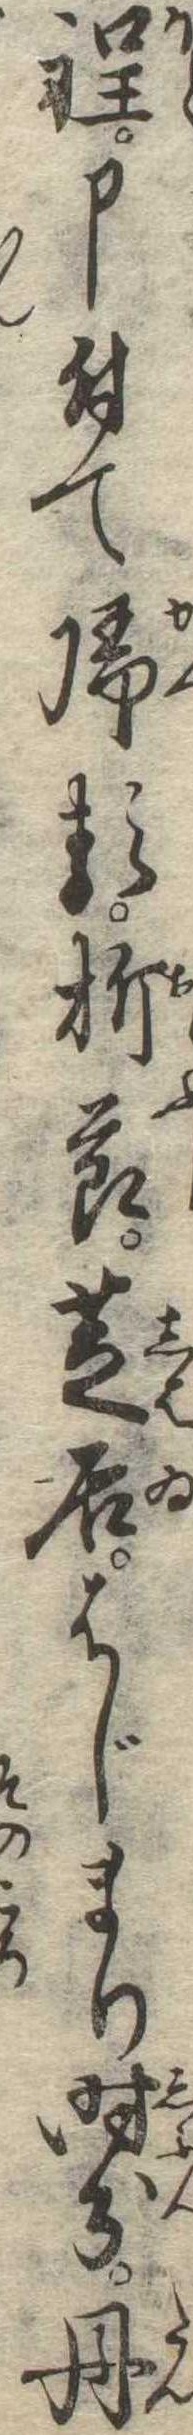
程申付て帰る折節芝居はじまり時分丹